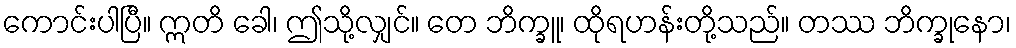
ကောင်းပါပြီ။ ဣတိ ခေါ၊ ဤသို့လျှင်။ တေ ဘိက္ခူ၊ ထိုရဟန်းတို့သည်။ တဿ ဘိက္ခုနော၊